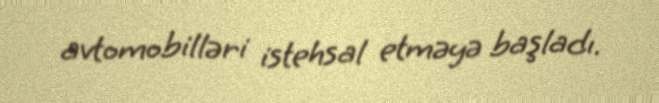
avtomobilləri istehsal etməyə başladı.